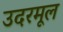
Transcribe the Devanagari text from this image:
उदरमूल